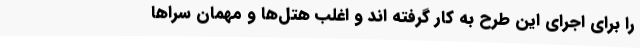
را برای اجرای این طرح به کار گرفته اند و اغلب هتل‌ها و مهمان سراها